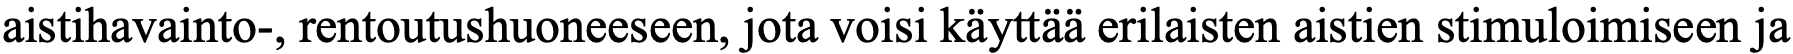
aistihavainto-, rentoutushuoneeseen, jota voisi käyttää erilaisten aistien stimuloimiseen ja